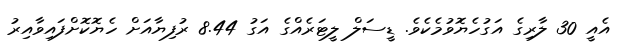
އެއީ 30 ލާރިގެ އަގުހެޔޮވުމެކެވެ. ޑީސަލް ލީޓަރެއްގެ އަގު 8.44 ރުފިޔާއަށް ހެޔޮކޮށްފައިވާއިރު